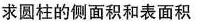
求圆柱的侧面积和表面积